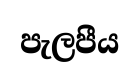
පැලපීය